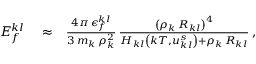
\begin{array} { r l r } { E _ { f } ^ { k l } } & { { } \approx } & { \frac { 4 \pi \, \epsilon _ { f } ^ { k l } } { 3 \, m _ { k } \, \rho _ { k } ^ { 2 } } \, \frac { \left( \rho _ { k } \, R _ { k l } \right) ^ { 4 } } { H _ { k l } \left( k T , u _ { k l } ^ { s } \right) + \rho _ { k } \, R _ { k l } } \, , } \end{array}